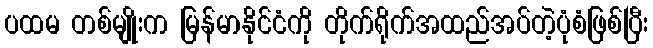
ပထမ တစ်မျိုးက မြန်မာနိုင်ငံကို တိုက်ရိုက်အထည်အပ်တဲ့ပုံစံဖြစ်ပြီး